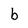
Character: b